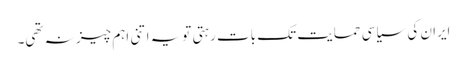
ایران کی سیاسی حمایت تک بات رہتی تویہ اتنی اہم چیز نہ تھی۔